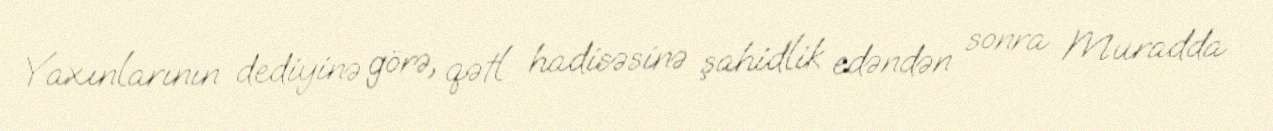
Yaxınlarının dediyinə görə, qətl hadisəsinə şahidlik edəndən sonra Muradda